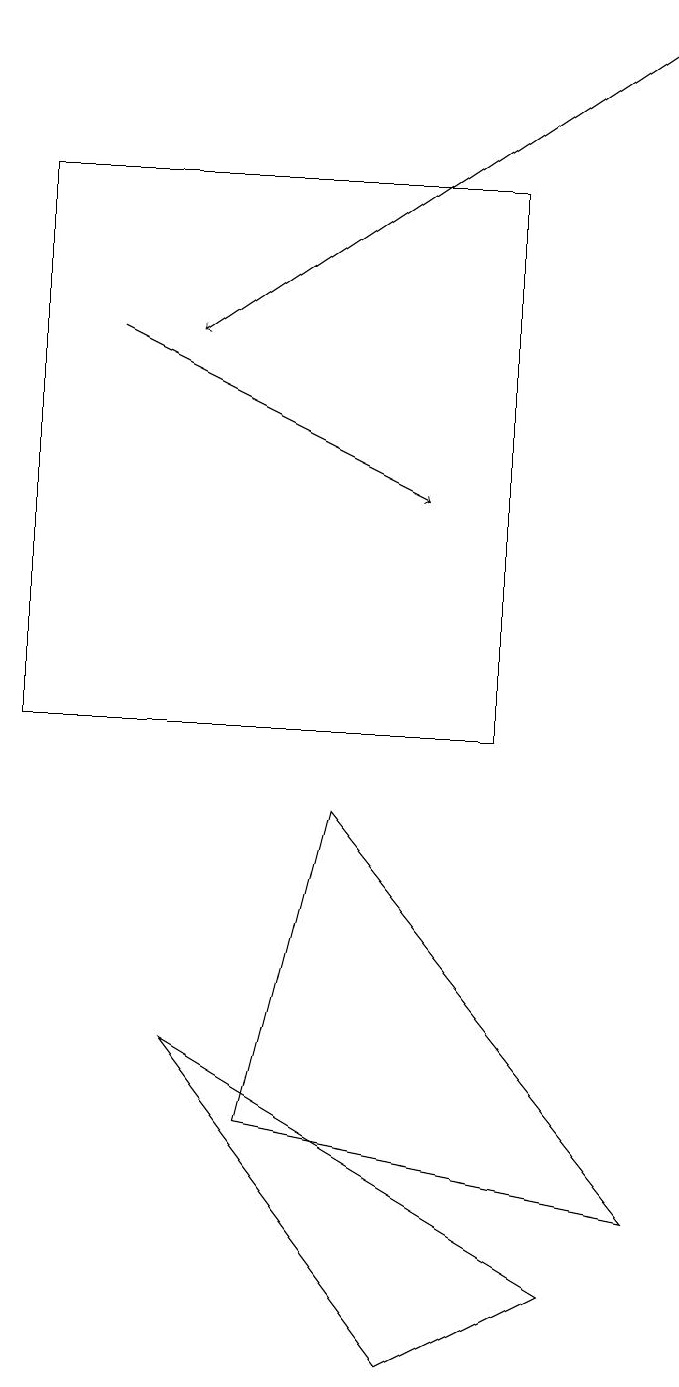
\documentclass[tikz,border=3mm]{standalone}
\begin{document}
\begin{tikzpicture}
\draw (0,10) rectangle (6,17);
\draw (8,4) -- (4,9) -- (3,5) -- cycle;
\draw[->] (8,19) -- (2,15);
\draw (2,6) -- (7,3) -- (5,2) -- cycle;
\draw[->] (1,15) -- (5,13);
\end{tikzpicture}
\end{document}